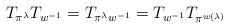
LaTeX: \begin{align*} T_{\pi^\lambda} T_{w^{-1}} = T_{\pi^\lambda w^{-1}} =T_{w^{-1}} T_{\pi^{w\left(\lambda\right)}} \end{align*}